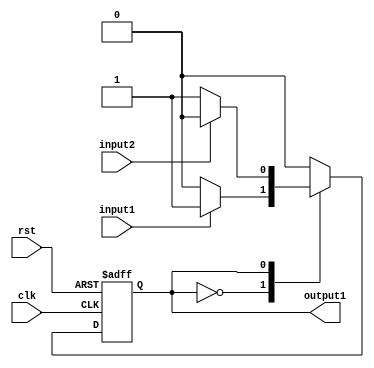
module sub_module1(
    input wire clk,
    input wire rst,
    input wire input1,
    input wire input2,
    output wire output1
);

reg state;

always @ (posedge clk or posedge rst) begin
    if (rst) begin
        state <= 0;
    end else begin
        case(state)
            0: begin // State 0 logic
                if (input1) begin
                    state <= 1;
                end
            end
            1: begin // State 1 logic
                if (input2) begin
                    state <= 0;
                end
            end
        endcase
    end
end

assign output1 = state;

endmodule